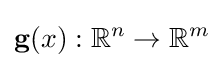
\mathbf {g} (x):\,\!\mathbb {R} ^{n}\rightarrow \mathbb {R} ^{m}